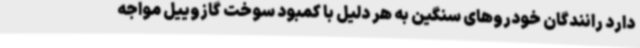
دارد رانندگان خودروهای سنگین به هر دلیل با کمبود سوخت گازوییل مواجه